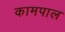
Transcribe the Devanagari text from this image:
कामपाल